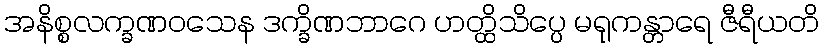
အနိစ္စလက္ခဏဝသေန ဒက္ခိဏဘာဂေ ဟတ္ထိသိပ္ပေ မရုကန္တာရေ ဇီရီယတိ